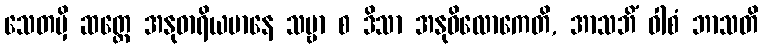
သေတမှိ ဆတ္တေ အနုဓာရိယမာနေ သဗ္ဗာ စ ဒိသာ အနုဝိလောကေတိ, အာသဘိံ ဝါစံ ဘာသတိ